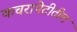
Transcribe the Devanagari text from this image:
कचरापेटीतील